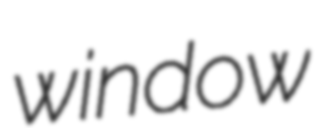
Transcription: window